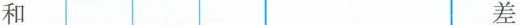
和 差